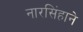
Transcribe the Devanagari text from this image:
नारसिंहाने